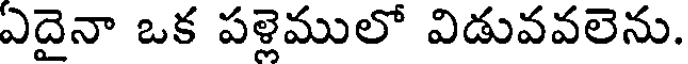
ఏదైనా ఒక పళ్లెములో విడువవలెను.